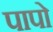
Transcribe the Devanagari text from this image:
पापो